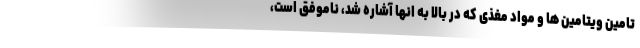
تامین ویتامین ها و مواد مغذی که در بالا به انها آشاره شد، ناموفق است،